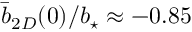
\bar { b } _ { 2 D } ( 0 ) / \ensuremath { b _ { \star } } \approx - 0 . 8 5